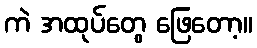
ကဲ အထုပ်တွေ ဖြေတော့။